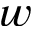
w